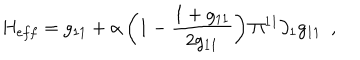
H _ { e f f } = g _ { 1 1 } + \alpha \left( 1 - \frac { 1 + g _ { 1 1 } } { 2 g _ { 1 1 } } \right) \Pi ^ { 1 1 } \partial _ { 1 } g _ { 1 1 } \, \, \, ,